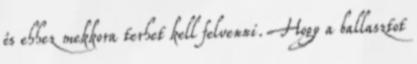
és ehhez mekkora terhet kell felvenni. Hogy a ballasztot